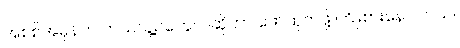
အစစ်အမှန်က ဘယ်သူ့ဥတွေလဲဆိုတာ ဖော်ထုတ်ဖို့ ကြိုးစားနေပါတယ်။